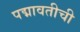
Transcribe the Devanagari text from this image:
पद्मावतीची